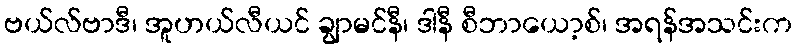
ဗယ်လ်ဗာဒီ၊ အူဟယ်လီယင် ချွာမင်နီ၊ ဒါနီ စီဘာယော့စ်၊ အရန်အသင်းက